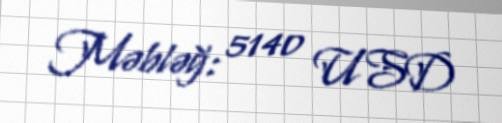
Məbləğ: 5140 USD